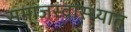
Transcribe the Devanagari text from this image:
समाजस्वास्थ्यात